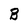
Character: B